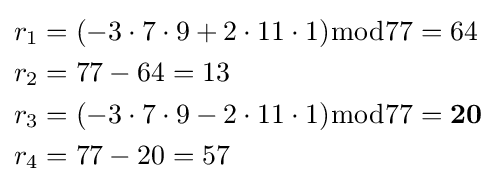
{\begin{aligned}r_{1}&=(-3\cdot 7\cdot 9+2\cdot 11\cdot 1){\bmod {77}}=64\\r_{2}&=77-64=13\\r_{3}&=(-3\cdot 7\cdot 9-2\cdot 11\cdot 1){\bmod {77}}=\mathbf {20} \\r_{4}&=77-20=57\end{aligned}}